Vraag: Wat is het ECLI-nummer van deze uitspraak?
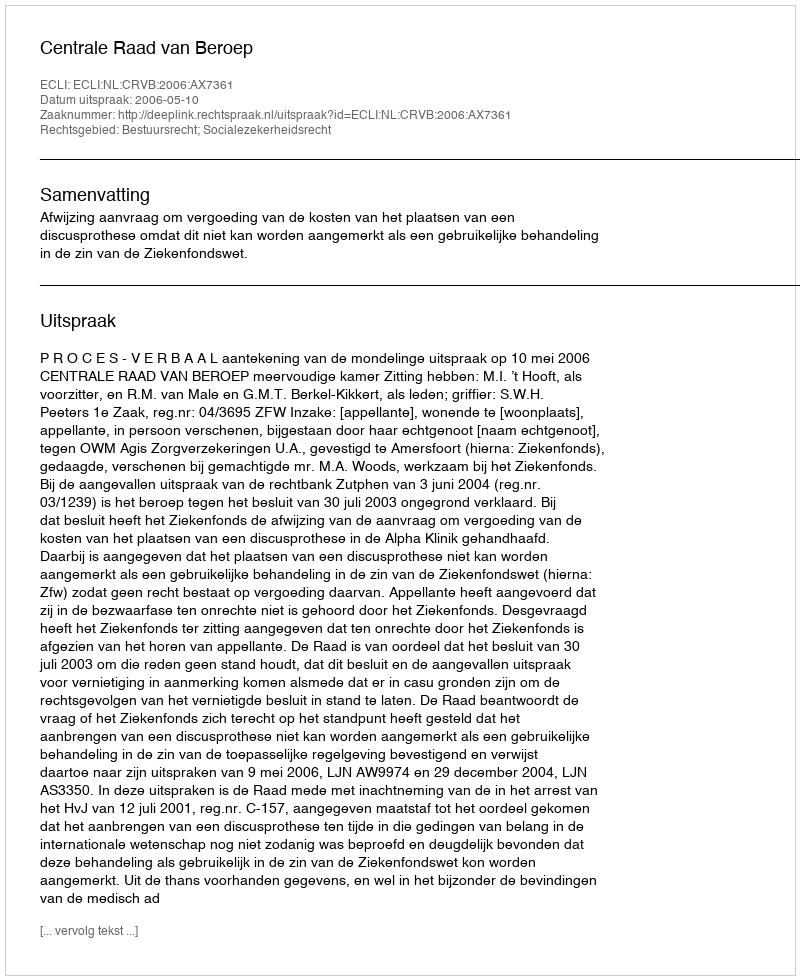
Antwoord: ECLI:NL:CRVB:2006:AX7361